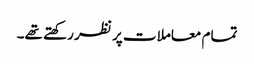
تمام معاملات پر نظر رکھتے تھے۔